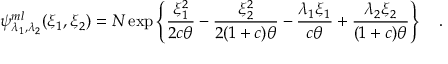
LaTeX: \psi _ { \lambda _ { 1 } , \lambda _ { 2 } } ^ { m l } ( \xi _ { 1 } , \xi _ { 2 } ) = N \exp \left\lbrace { \frac { \xi _ { 1 } ^ { 2 } } { 2 c \theta } } - { \frac { \xi _ { 2 } ^ { 2 } } { 2 ( 1 + c ) \theta } } - { \frac { \lambda _ { 1 } \xi _ { 1 } } { c \theta } } + { \frac { \lambda _ { 2 } \xi _ { 2 } } { ( 1 + c ) \theta } } \right\rbrace \quad .